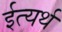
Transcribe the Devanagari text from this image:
ईत्यर्थ